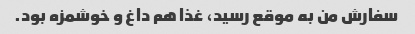
سفارش من به موقع رسید، غذا هم داغ و خوشمزه بود.